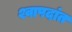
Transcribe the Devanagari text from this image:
श्वापदांत